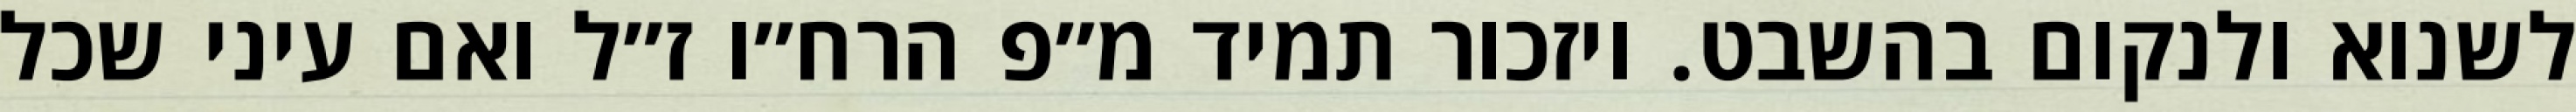
לשנוא ולנקום בהשבט. ויזכור תמיד מ״פ הרח״ו ז״ל ואם עיני שכל